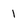
Character: 1